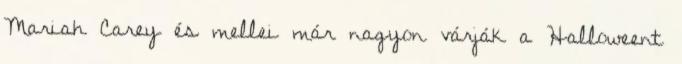
Mariah Carey és mellei már nagyon várják a Halloweent